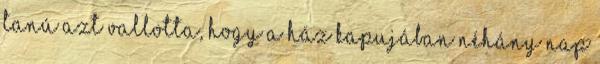
tanú azt vallotta, hogy a ház kapujában néhány nap